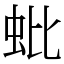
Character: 蚍